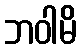
ဘဝါမိ